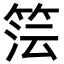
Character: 𮅔